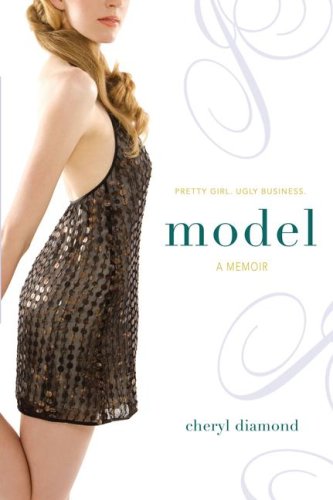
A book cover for Model: A Memoir; Cheryl Diamond; Teen & Young Adult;